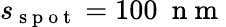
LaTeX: s_{\mathrm{~s~p~o~t~}}=100~\mathrm{~n~m~}